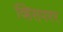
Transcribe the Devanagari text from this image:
व्हिसपरर